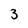
Character: 3